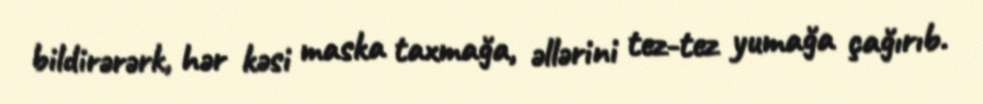
bildirərərk, hər kəsi maska taxmağa, əllərini tez-tez yumağa çağırıb.